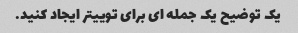
یک توضیح یک جمله ای برای توییتر ایجاد کنید.